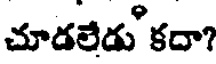
చూడలేడు కదా?